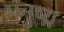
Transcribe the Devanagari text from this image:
मनुष्य़